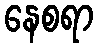
နေစရာ